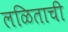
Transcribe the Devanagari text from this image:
लळिताची